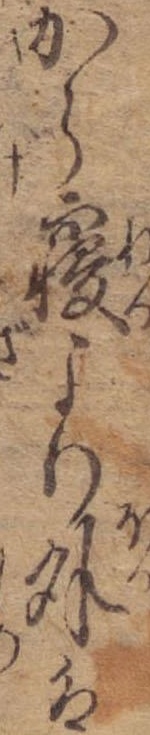
から寝より外は